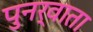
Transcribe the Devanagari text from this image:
पुनर्वाता